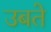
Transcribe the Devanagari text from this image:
उबते